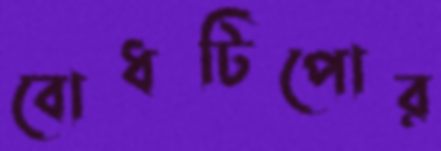
বোধটিপোর